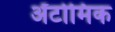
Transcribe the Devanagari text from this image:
ॲटोमिक